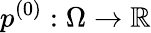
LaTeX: p^{(0)}:\Omega\to\mathbb{R}